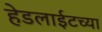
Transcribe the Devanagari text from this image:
हेडलाईटच्या